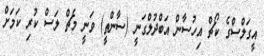
އީގަލްސްގެ ކޯޗް އިހުސާން އަބްދުލްގަނީ (ސާންތީ) ވަނީ މެޗް ލަސް ކުރި ކަމަށް